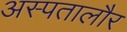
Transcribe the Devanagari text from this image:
अस्पतालौर